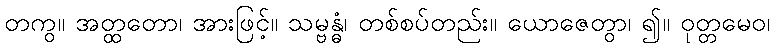
တကွ။ အတ္ထတော၊ အားဖြင့်။ သမ္ဗန္ဓံ၊ တစ်စပ်တည်း။ ယောဇေတွာ၊ ၍။ ဝုတ္တမေဝ၊